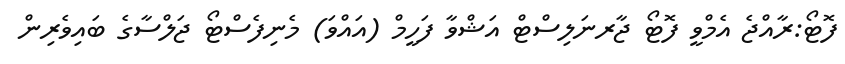
ފޮޓޯ:ރާއްޖެ އެމްވީ ފޮޓޯ ޖާރނަލިސްޓް އަޝްވާ ފަހީމް (އައްވަ) މެނިފެސްޓޯ ޖަލްސާގެ ބައިވެރިން